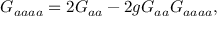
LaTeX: { \cal G } _ { a a a a } = 2 { \cal G } _ { a a } - 2 g { \cal G } _ { a a } { \cal G } _ { a a a a } ,